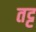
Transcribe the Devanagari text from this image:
तट्ट